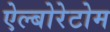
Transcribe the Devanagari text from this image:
ऐल्बोरेटोम